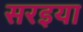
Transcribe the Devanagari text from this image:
सरइया